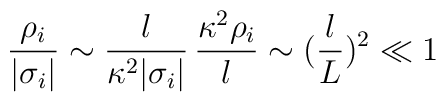
{\rho_i \over |\sigma_i|} 	\sim {l \over \kappa^2 |\sigma_i|}\,{\kappa^2\rho_i\over l}	\sim ({l\over L})^2 \ll 1